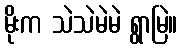
မိုးက သဲသဲမဲမဲ ရွာမြဲ။